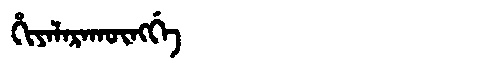
Manchu: ᡥᡳᠶᠠᠯᠠᡵᠠᡴᡡᠩᡤᡝ
Romanization: HIYALARAKŪNGGE